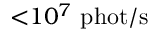
{ < } 1 0 ^ { 7 } \ \mathrm { p h o t } / \mathrm { s }